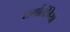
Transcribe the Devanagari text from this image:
धर्मालंबियों